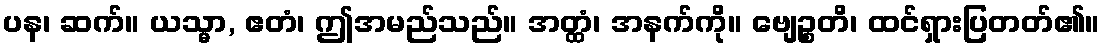
ပန၊ ဆက်။ ယသ္မာ, ဧတံ၊ ဤအမည်သည်။ အတ္ထံ၊ အနက်ကို။ ဗျေဉ္စတိ၊ ထင်ရှားပြတတ်၏။